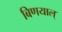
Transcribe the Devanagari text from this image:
बिणयाल्